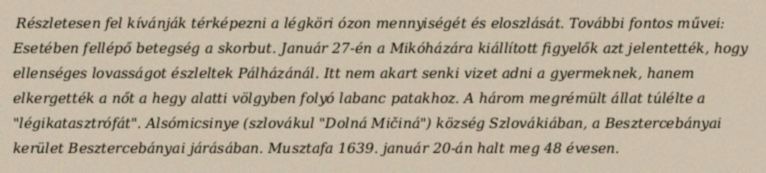
Részletesen fel kívánják térképezni a légköri ózon mennyiségét és eloszlását. További fontos művei: Esetében fellépő betegség a skorbut. Január 27-én a Mikóházára kiállított figyelők azt jelentették, hogy ellenséges lovasságot észleltek Pálházánál. Itt nem akart senki vizet adni a gyermeknek, hanem elkergették a nőt a hegy alatti völgyben folyó labanc patakhoz. A három megrémült állat túlélte a "légikatasztrófát". Alsómicsinye (szlovákul "Dolná Mičiná") község Szlovákiában, a Besztercebányai kerület Besztercebányai járásában. Musztafa 1639. január 20-án halt meg 48 évesen.